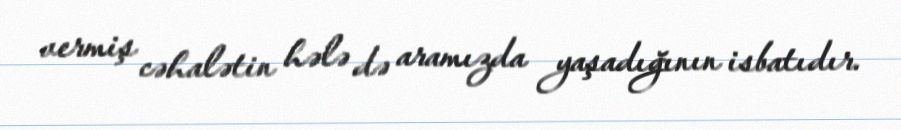
vermiş cəhalətin hələ də aramızda yaşadığının isbatıdır.